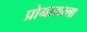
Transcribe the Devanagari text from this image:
प्रोग्रामरला